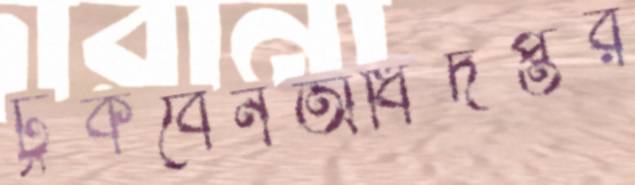
ঢুকবেনঅধিদপ্তর